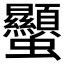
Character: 𧖙